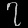
Digit: ၇